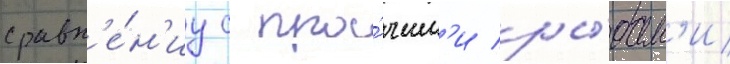
сравн'е́н'иу с про́чим'и ры́бам'и